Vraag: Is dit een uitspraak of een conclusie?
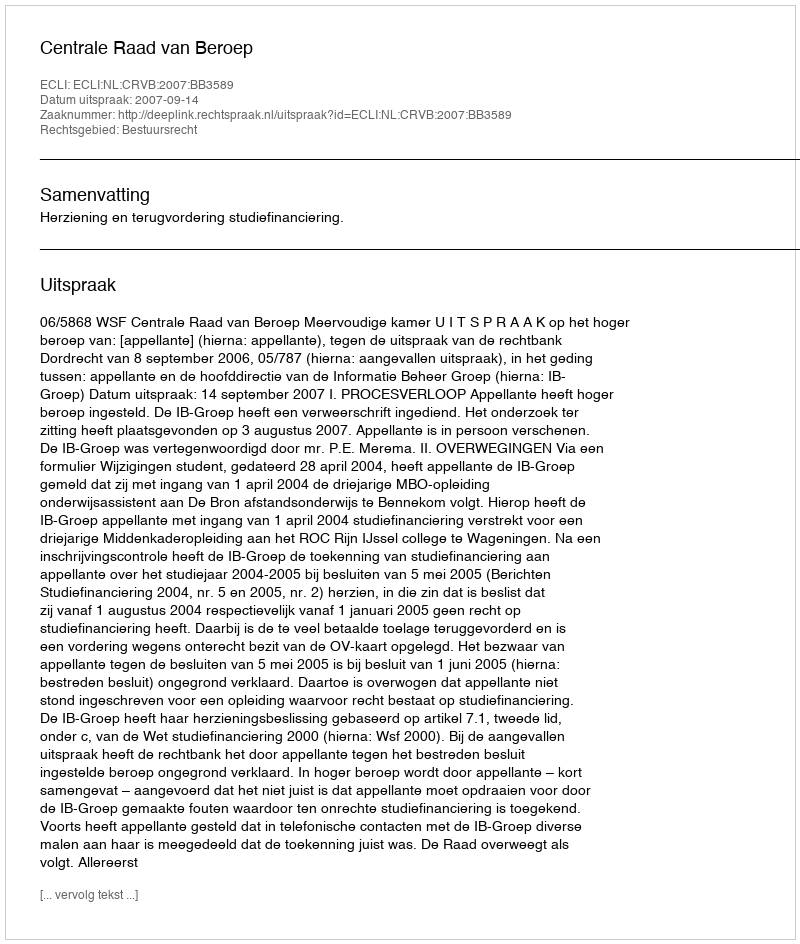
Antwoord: Uitspraak